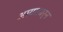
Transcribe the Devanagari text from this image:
आया।बर्न